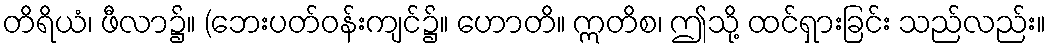
တိရိယံ၊ ဖီလာ၌။ (ဘေးပတ်ဝန်းကျင်၌။ ဟောတိ။ ဣတိစ၊ ဤသို့ ထင်ရှားခြင်း သည်လည်း။